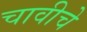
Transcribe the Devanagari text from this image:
चावीचे